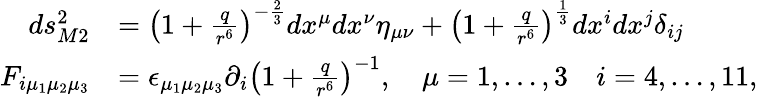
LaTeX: {\begin{array}{rl}{ds_{M2}^{2}}&{=\left(1+{\frac{q}{r^{6}}}\right)^{-{\frac{2}{3}}}dx^{\mu}dx^{\nu}\eta_{\mu\nu}+\left(1+{\frac{q}{r^{6}}}\right)^{\frac{1}{3}}dx^{i}dx^{j}\delta_{ij}}\\ {F_{i\mu_{1}\mu_{2}\mu_{3}}}&{=\epsilon_{\mu_{1}\mu_{2}\mu_{3}}\partial_{i}\left(1+{\frac{q}{r^{6}}}\right)^{-1},\quad\mu=1,\ldots,3\quad i=4,\ldots,11,}\end{array}}